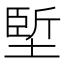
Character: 𡏐